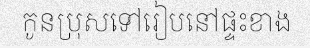
កូនប្រុសទៅរៀបនៅផ្ទះខាង